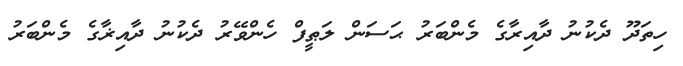
ހިތަދޫ ދެކުނު ދާއިރާގެ މެންބަރު ޙަސަން ލަޠީފް ހެންވޭރު ދެކުނު ދާއިޜާގެ މެންބަރު